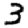
Digit: 3